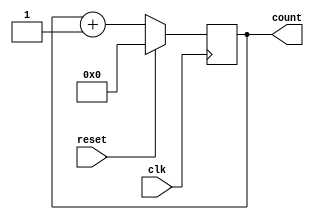
module counter(clk,reset,count);
  input clk,reset;

  output reg [7:0] count;
  
  always@(posedge clk ) begin
    if(reset)    //Set Counter to Zero
      count <= 0;
    else
      count <= count + 1;
  end
  
endmodule

module input_capture(sig,clk,val,rst,rstVal,intFlag,rstIntFlag);
  input clk,rst,sig,rstVal,rstIntFlag;
  output reg [7:0] val;
  output reg intFlag;
  
  wire [7:0] tempCount;
  counter ct(.clk(clk),.count(tempCount),.reset(rst));
  initial intFlag=1'b0;
  
  always@(posedge sig or posedge rstVal or posedge rstIntFlag) begin
    if(rstVal)
      	val<=4'b0;
    else begin
    	val<=tempCount;
      	intFlag<=1'b1;
    end
    if(rstIntFlag)
      intFlag<=1'b0;
    
  end
endmodule